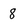
Character: 8